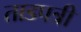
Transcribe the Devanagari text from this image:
ताडपत्री